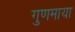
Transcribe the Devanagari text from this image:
गुणमाया